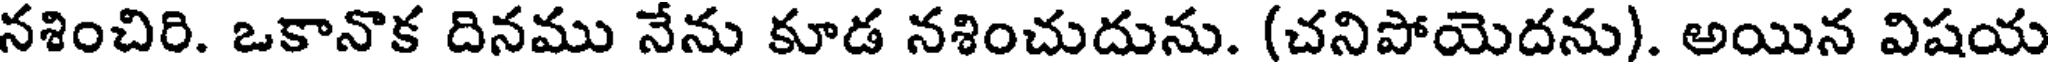
నశించిరి. ఒకానొక దినము నేను కూడ నశించుదును. (చనిపోయెదను). అయిన విషయ